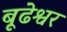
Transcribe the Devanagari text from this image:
बूढेश्वर